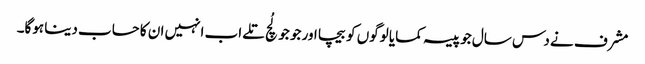
مشرف نے دس سال جو پیسہ کمایا لوگوں کو بیچا اور جو جو لُچ تلے اب انہیں ان کا حساب دینا ہوگا۔